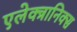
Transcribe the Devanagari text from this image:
एलेक्त्रानिक्स